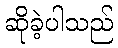
ဆိုခဲ့ပါသည်